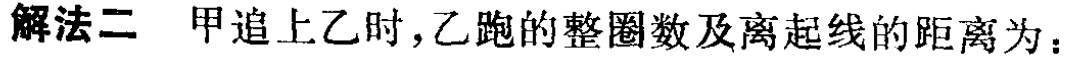
解法二 甲追上乙时,乙跑的整圈数及离起线的距离为：